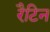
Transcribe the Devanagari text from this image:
रैटिन